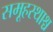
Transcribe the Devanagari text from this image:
समूहस्थाश्च